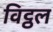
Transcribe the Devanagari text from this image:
विट्ठल